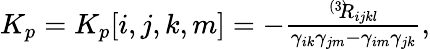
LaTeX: \begin{array}{r}{K_{p}=K_{p}[i,j,k,m]=-\frac{^{\left(3\right)}\! \! R_{ijkl}}{\gamma_{ik}\gamma_{jm}-\gamma_{im}\gamma_{jk}},}\end{array}